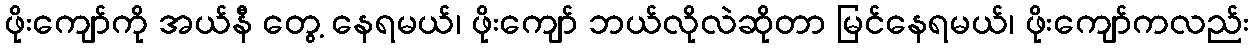
ဖိုးကျော်ကို အယ်နီ တွေ့ နေရမယ်၊ ဖိုးကျော် ဘယ်လိုလဲဆိုတာ မြင်နေရမယ်၊ ဖိုးကျော်ကလည်း